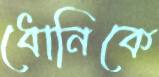
ধোনিকে